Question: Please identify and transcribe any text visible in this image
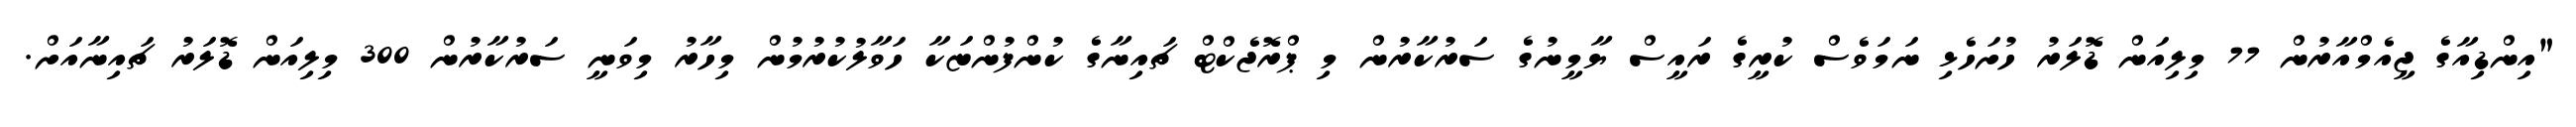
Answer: "އިންޑިއާގެ ޖީއެމްއާރުން 77 މިލިއަން ޑޮލަރު ހުށަހެޅި ނަމަވެސް ކުރީގެ ރައީސް ޔާމީނުގެ ސަރުކާރުން މި ޕްރޮޖެކްޓް ޗައިނާގެ ކުންފުންޏަކާ ހަވާލުކުރުމުން މިހާރު މިވަނީ ސަރުކާރުން 300 މިލިއަން ޑޮލަރު ޗައިނާއަށް.